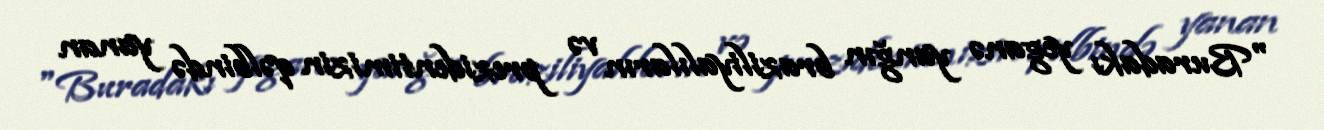
"Buradakı yeganə yanğın braziliyalıların və prezidentimizin qəlbində yanan